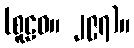
(စူဠဝ။ ၂၉၇)။